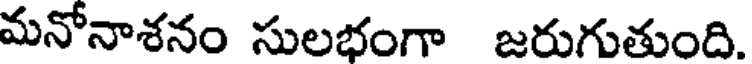
మనోనాశనం సులభంగా జరుగుతుంది.